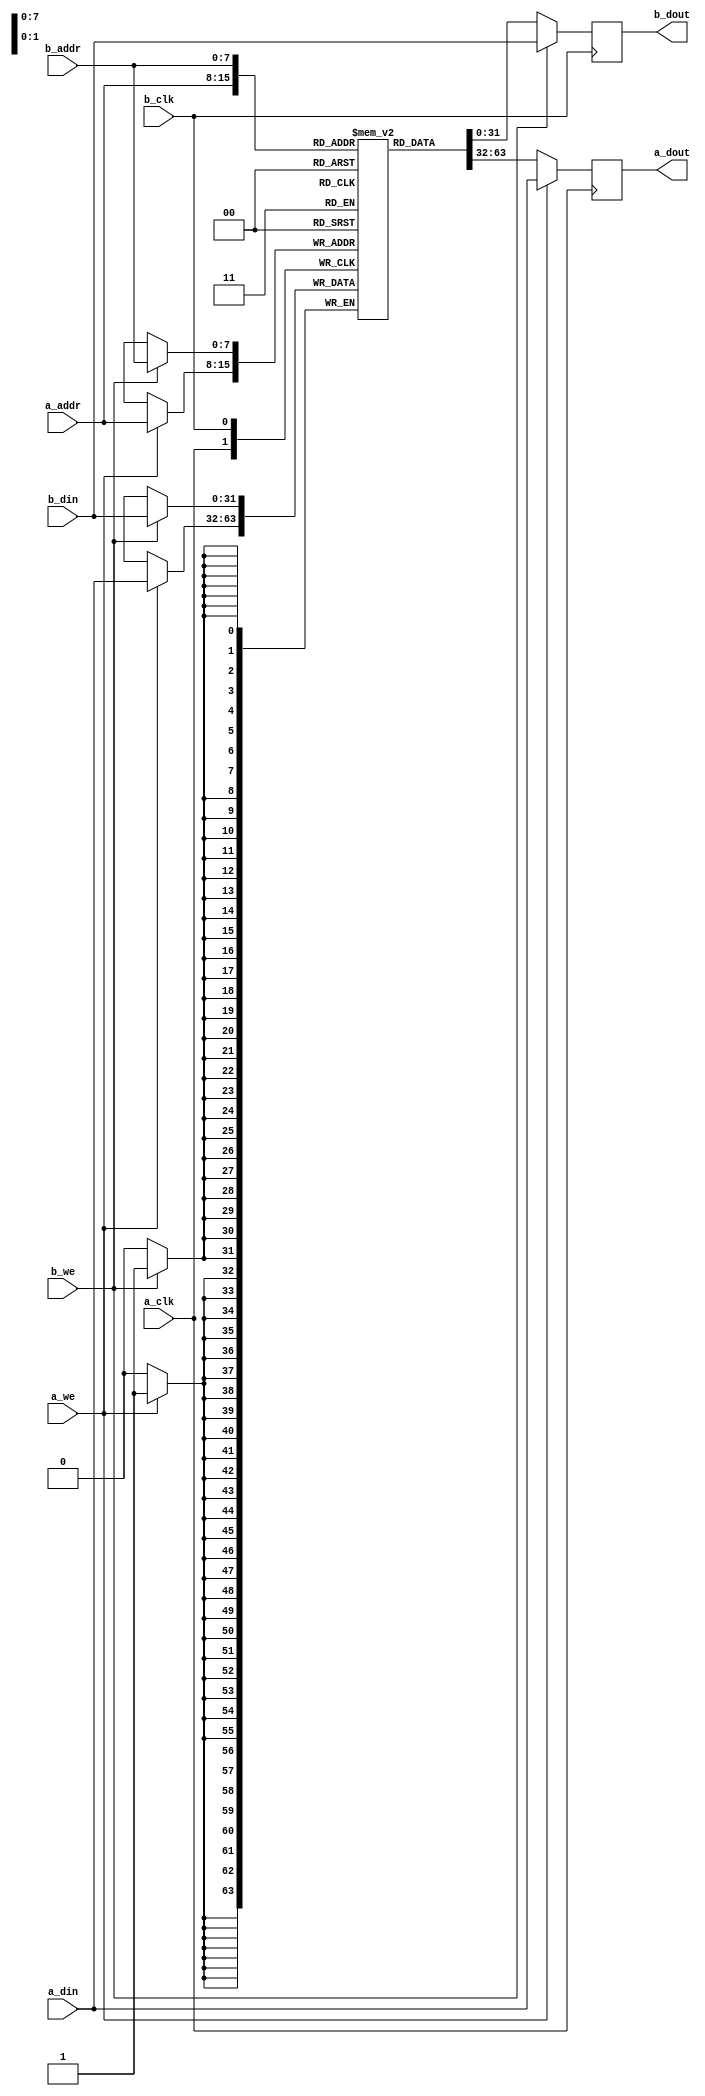
// Quartus Prime Verilog Template
// True Dual Port RAM with dual clocks

module tdp_ram
#(parameter DATA_WIDTH=32, parameter ADDR_WIDTH=8)
(
	input [(DATA_WIDTH-1):0] a_din, b_din,
	input [(ADDR_WIDTH-1):0] a_addr, b_addr,
	input a_we, b_we, a_clk, b_clk,
	output reg [(DATA_WIDTH-1):0] a_dout, b_dout
);

	// Declare the RAM variable
	reg [DATA_WIDTH-1:0] ram[2**ADDR_WIDTH-1:0];

	always @ (posedge a_clk)
	begin
		// Port A
		if (a_we)
		begin
			ram[a_addr] <= a_din;
			a_dout <= a_din;
		end
		else
		begin
			a_dout <= ram[a_addr];
		end
	end

	always @ (posedge b_clk)
	begin
		// Port B
		if (b_we)
		begin
			ram[b_addr] <= b_din;
			b_dout <= b_din;
		end
		else
		begin
			b_dout <= ram[b_addr];
		end
	end

endmodule